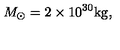
M _ { \odot } = 2 \times 1 0 ^ { 3 0 } \mathrm { k g } ,